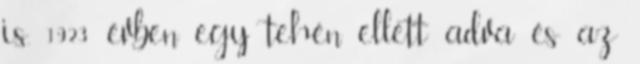
is. 1923 évben egy tehén ellett adva és az